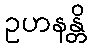
ဥဟနန္တိ